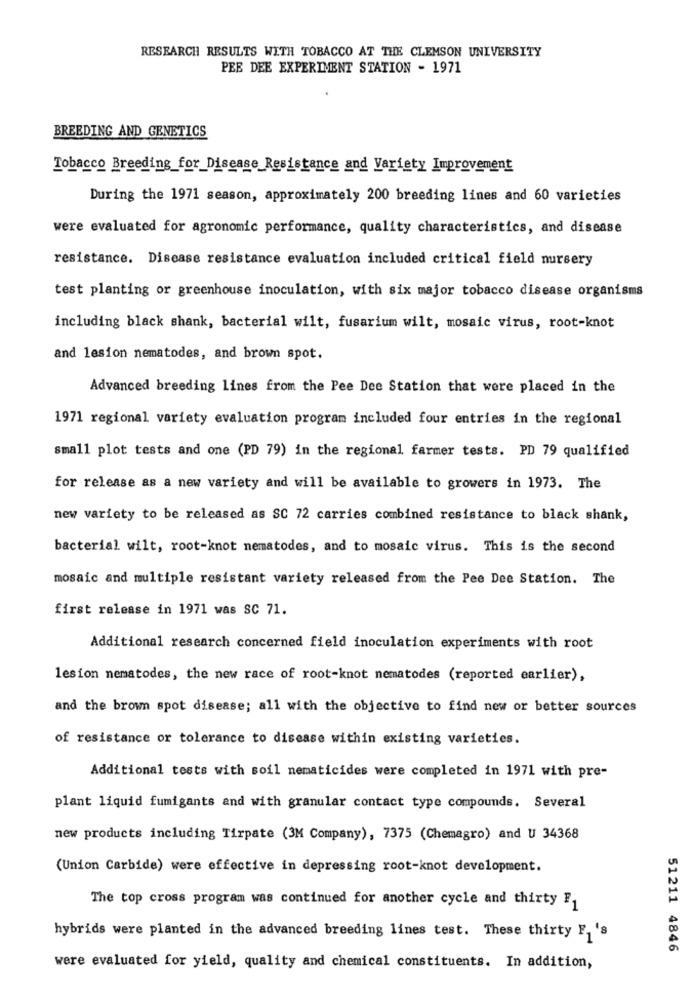
RESEARCH RESULTS WITH TOBACCO AT THE CLEMSON UNIVERSITY
PEE DEE EXPERIMENT STATION - 1971
BREEDING AND GENETICS
Tobacco Breeding_for_Disease Resistance and Variety Improvement
During the 1971 season, approximately 200 breeding lines and 60 varieties
were evaluated for agronomic performance, quality characteristics, and disease
resistance. Disease resistance evaluation included critical field nursery
test planting or greenhouse inoculation, with six major tobacco disease organisms
including black shank, bacterial wilt, fusarium wilt, mosaic virus, root-knot
and lesion nematodes, and brown spot.
Advanced breeding lines from the Pee Dee Station that were placed in the
1971 regional variety evaluation program included four entries in the regional
small plot tests and one (PD 79) in the regional farmer tests. PD 79 qualified
for release as a new variety and will be available to growers in 1973. The
new variety to be released as SC 72 carries combined resistance to black shank,
bacterial wilt, root-knot nematodes, and to mosaic virus. This is the second
mosaic and multiple resistant variety released from the Pee Dee Station. The
first release in 1971 was SC 71.
Additional research concerned field inoculation experiments with root
lesion nematodes, the new race of root-knot nematodes (reported earlier),
and the brown spot disease; all with the objective to find new or better sources
of resistance or tolerance to disease within existing varieties.
Additional tests with soil nematicides were completed in 1971 with pre-
plant liquid fumigants and with granular contact type compounds. Several
new products including Tirpate (3M Company), 7375 (Chemagro) and U 34368
(Union Carbide) were effective in depressing root-knot development.
The top cross program was continued for another cycle and thirty F1
hybrids were planted in the advanced breeding lines test. These thirty F1 's
51211 4846
were evaluated for yield, quality and chemical constituents. In addition,